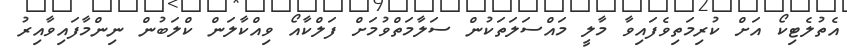
އެތުލެޓިކޯ އަށް ކުރިމަތިވެފައިވާ މާލީ މައްސަލަތަކުން ސަލާމަތްވުމަށް ފަލްކާއޯ ވިއްކާލަން ކްލަބުން ނިންމާފައިވާއިރު